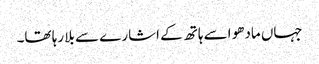
جہاں مادھو اسے ہاتھ کے اشارے سے بلا رہا تھا۔